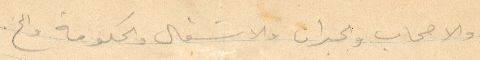
والاصحاب والجيران والاشغال والحكومة والخ.